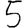
Digit: 5